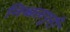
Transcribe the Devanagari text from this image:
निश्चलपुरी